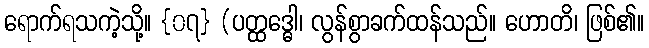
ရောက်ရသကဲ့သို့။ {၀၇} (ပတ္ထဒ္ဓေါ၊ လွန်စွာခက်ထန်သည်။ ဟောတိ၊ ဖြစ်၏။